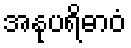
အနုပရိဓာဝံ